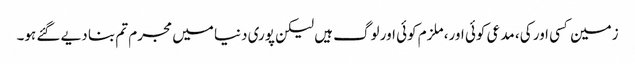
زمین کسی اور کی، مدعی کوئی اور، ملزم کوئی اور لوگ ہیں لیکن پوری دنیا میں مجرم تم بنا دیے گئے ہو۔